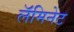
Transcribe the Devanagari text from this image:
लॅमिनेट